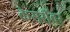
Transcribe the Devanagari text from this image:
केसरींवर